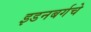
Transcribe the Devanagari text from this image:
इडनबर्गचे